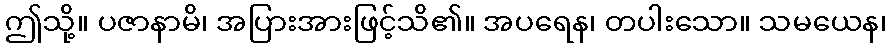
ဤသို့။ ပဇာနာမိ၊ အပြားအားဖြင့်သိ၏။ အပရေန၊ တပါးသော။ သမယေန၊